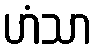
ဟံသာ